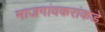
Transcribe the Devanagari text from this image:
माजगांवकरांकडे